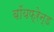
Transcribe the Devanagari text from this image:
बॉयफ्रेन्ड